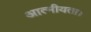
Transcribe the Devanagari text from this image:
आत्मीयता।